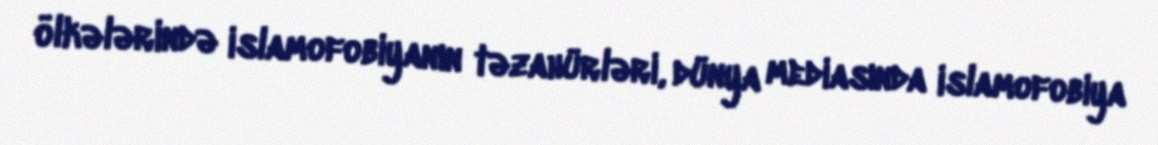
ölkələrində islamofobiyanın təzahürləri, dünya mediasında islamofobiya